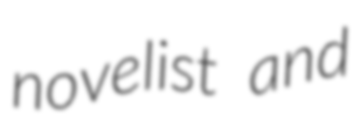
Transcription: novelist and